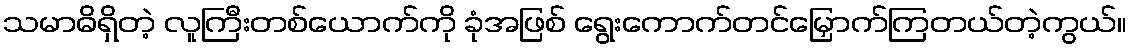
သမာဓိရှိတဲ့ လူကြီးတစ်ယောက်ကို ခုံအဖြစ် ရွေးကောက်တင်မြှောက်ကြတယ်တဲ့ကွယ်။